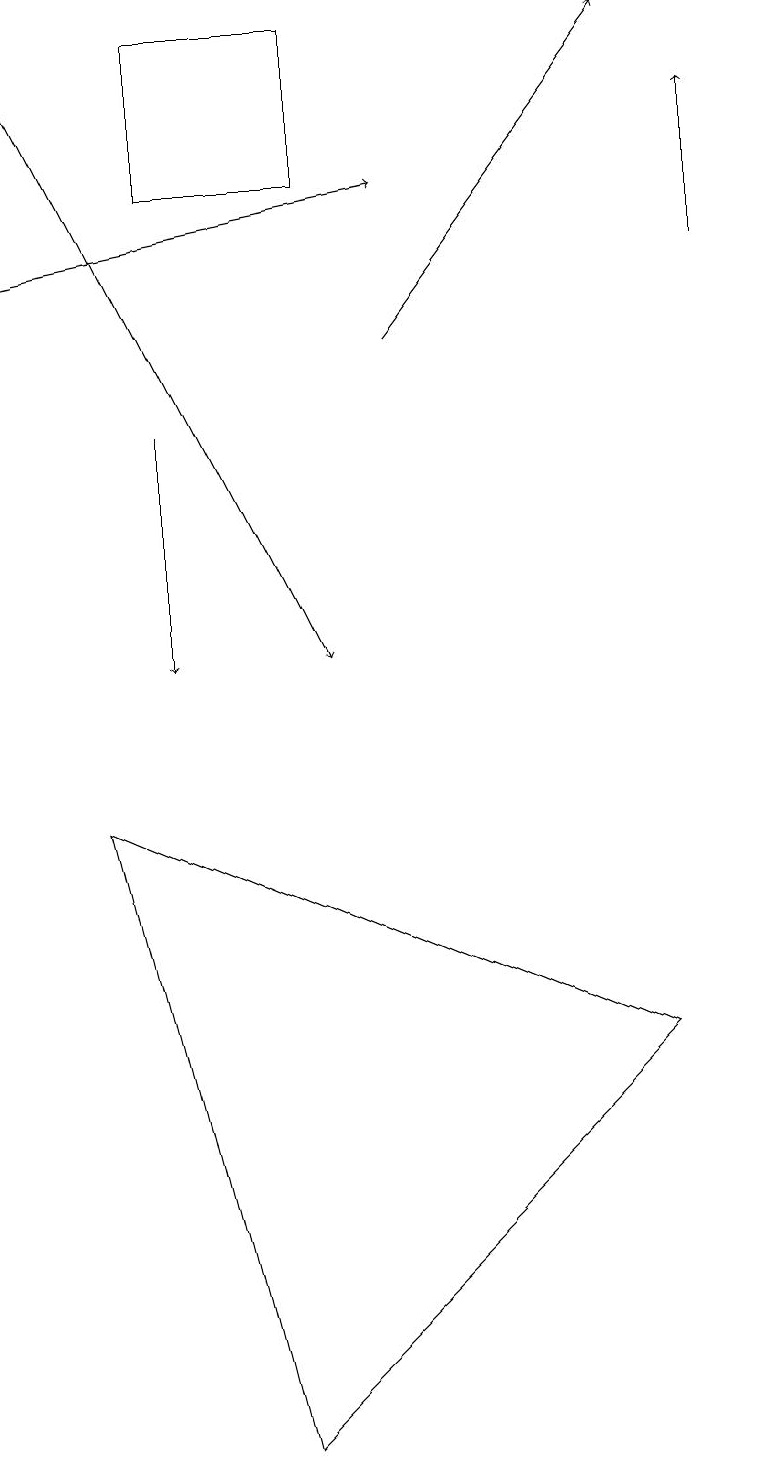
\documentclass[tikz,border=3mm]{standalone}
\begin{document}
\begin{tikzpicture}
\draw[->] (5,15) -- (8,19);
\draw[->] (2,14) -- (2,11);
\draw (2,17) rectangle (4,19);
\draw[->] (0,19) -- (4,11);
\draw (3,1) -- (1,9) -- (8,6) -- cycle;
\draw[->] (0,16) -- (5,17);
\draw[->] (9,16) -- (9,18);
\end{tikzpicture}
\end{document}